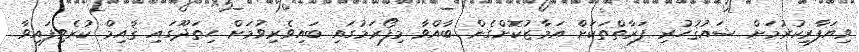
ވިޔަފާރިކުރުމަށް ޝައުޤުހުރި ފަރާތްތަކަށް އަމާޒުކޮށްގެން ބާއްވާ މިފޯރަމުގައި ބައިވެރިވުމަށް ހިތަދޫގައި ޤާއިމް ކުރެވިފައިވާ